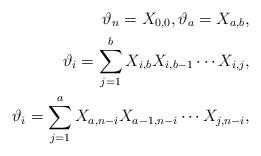
LaTeX: \begin{align*}\vartheta_n= X_{0,0}, \vartheta_a=X_{a,b},\\\vartheta_i=\sum_{j=1}^b X_{i,b}X_{i,b-1}\cdots X_{i,j},\\\vartheta_i=\sum_{j=1}^a X_{a,n-i}X_{a-1,n-i}\cdots X_{j,n-i},\end{align*}